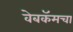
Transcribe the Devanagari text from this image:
वेबकॅमचा